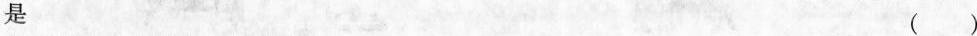
是 ( )